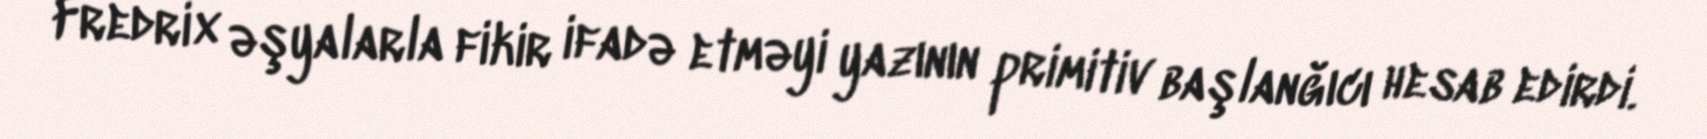
Fredrix əşyalarla fikir ifadə etməyi yazının primitiv başlanğıcı hesab edirdi.